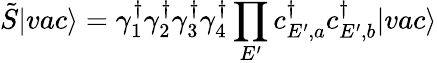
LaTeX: \tilde{S}|vac\rangle=\gamma_{1}^{\dagger}\gamma_{2}^{\dagger}\gamma_{3}^{\dagger}\gamma_{4}^{\dagger}\prod_{E^{\prime}}c_{E^{\prime},a}^{\dagger}c_{E^{\prime},b}^{\dagger}|vac\rangle